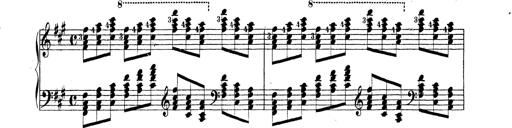
Title: Technische Studien
Composer: Franz Liszt